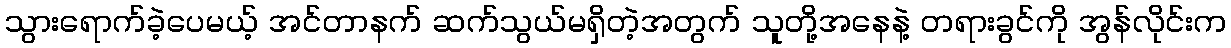
သွားရောက်ခဲ့ပေမယ့် အင်တာနက် ဆက်သွယ်မရှိတဲ့အတွက် သူတို့အနေနဲ့ တရားခွင်ကို အွန်လိုင်းက